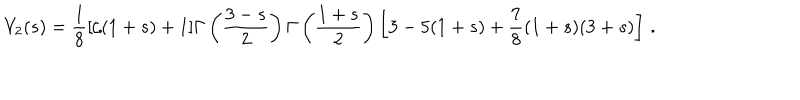
V _ { 2 } ( s ) = \frac { 1 } { 8 } [ \zeta ( 1 + s ) + 1 ] \Gamma \left( \displaystyle { \frac { 3 - s } { 2 } } \right) \Gamma \left( \displaystyle { \frac { 1 + s } { 2 } } \right) \left[ 3 - 5 ( 1 + s ) + \frac { 7 } { 8 } ( 1 + s ) ( 3 + s ) \right] \, .